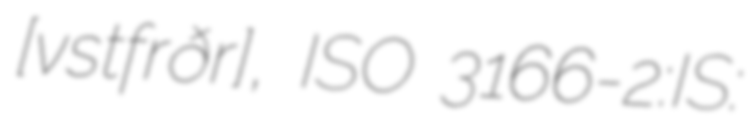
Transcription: [ˈvɛstˌfɪrðɪr̥], ISO 3166-2:IS: